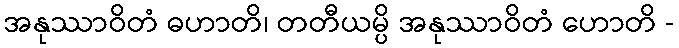
အနုဿာဝိတံ ဓဟာတိ၊ တတီယမ္ပိ အနုဿာဝိတံ ဟောတိ -